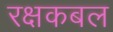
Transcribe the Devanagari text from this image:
रक्षकबल